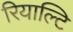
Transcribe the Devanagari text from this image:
रियाल्टि